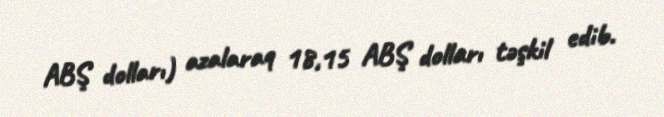
ABŞ dolları) azalaraq 18,15 ABŞ dolları təşkil edib.